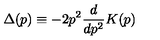
\Delta ( p ) \equiv - 2 p ^ { 2 } \frac { d } { d p ^ { 2 } } K ( p )